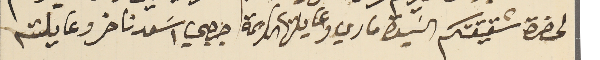
لحضرة شقيقتكم السَيدة ماري وعايلتها الكريمة جرجي اسَعد ناضر وعايلته